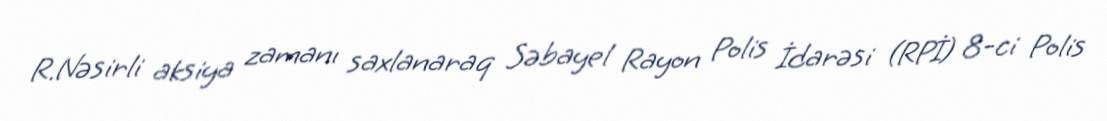
R.Nəsirli aksiya zamanı saxlanaraq Səbayel Rayon Polis İdarəsi (RPİ) 8-ci Polis